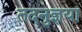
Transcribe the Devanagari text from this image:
तदनुज्ञया